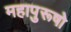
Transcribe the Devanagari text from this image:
महापुरूषो